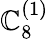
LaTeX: {\mathbb{C}}_{8}^{(1)}